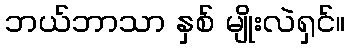
ဘယ်ဘာသာ နှစ် မျိုးလဲရှင်။